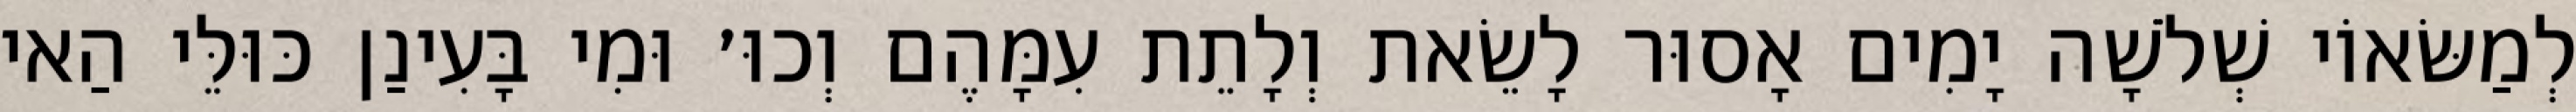
לְמַשּׂאוֹי שְׁלֹשָׁה יָמִים אָסוּר לָשֵׂאת וְלָתֵת עִמָּהֶם וְכוּ׳ וּמִי בָּעִינַן כּוּלֵּי הַאי